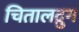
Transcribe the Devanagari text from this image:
चितालद्रुग